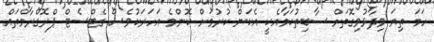
ހަމަ ތިޔަ ވިދާޅުވިގޮތަށް ސާބިތުކަމާއެކީ އެކަން ކުރުމަށް ކޮންމެ އަހަރަކުވެސް ގެޓްސެޓް ޕްރޮގްރާމްތައް